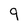
Character: 9